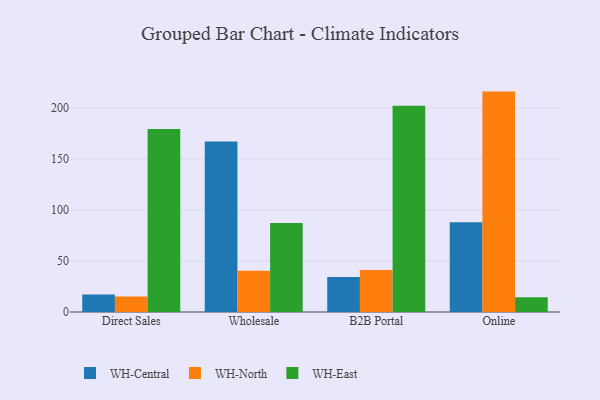
{"axis": {"x": "Channel", "y": "Satisfaction Score"}, "legend": ["WH-Central", "WH-East", "WH-North"], "data": [{"x": "Direct Sales", "y": 17.2, "type": "WH-Central"}, {"x": "Direct Sales", "y": 15.1, "type": "WH-North"}, {"x": "Direct Sales", "y": 179.5, "type": "WH-East"}, {"x": "Wholesale", "y": 167.2, "type": "WH-Central"}, {"x": "Wholesale", "y": 40.5, "type": "WH-North"}, {"x": "Wholesale", "y": 87.3, "type": "WH-East"}, {"x": "B2B Portal", "y": 34.4, "type": "WH-Central"}, {"x": "B2B Portal", "y": 41.2, "type": "WH-North"}, {"x": "B2B Portal", "y": 202.3, "type": "WH-East"}, {"x": "Online", "y": 88.0, "type": "WH-Central"}, {"x": "Online", "y": 216.1, "type": "WH-North"}, {"x": "Online", "y": 14.5, "type": "WH-East"}]}